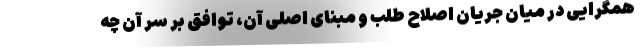
همگرایی در میان جریان اصلاح طلب و مبنای اصلی آن، توافق بر سر آن چه